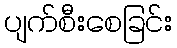
ပျက်စီးစေခြင်း